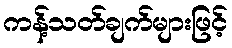
ကန့်သတ်ချက်များဖြင့်